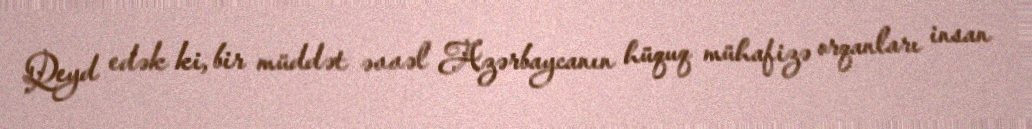
Qeyd edək ki, bir müddət əvvəl Azərbaycanın hüquq mühafizə orqanları insan